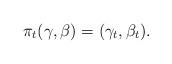
LaTeX: \begin{align*} \pi_t(\gamma,\beta)=(\gamma_t,\beta_t). \end{align*}